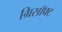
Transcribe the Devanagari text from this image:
ग्रिसॉफ्‍ट